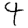
Digit: 4